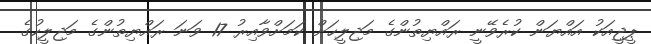
ޕީޖީއަކު އައްޔަން ކުރެވޭނީ ރައްޔިތުންގެ މަޖިލީހަށް ކަމަށްވާއިރު 17 ވަނަ ރައްޔިތުންގެ މަޖިލީހުގެ